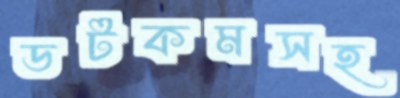
ডটকমসহ